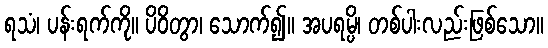
ရသံ၊ ပန်းရက်ကို။ ပိဝိတွာ၊ သောက်၍။ အပရမ္ပိ၊ တစ်ပါးလည်းဖြစ်သော။